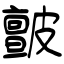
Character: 皽